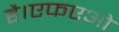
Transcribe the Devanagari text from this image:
है।एफएओ